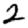
Digit: 2